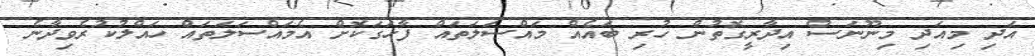
އަދި މިއަދި މިނޫނަސް އިދާރީގޮތުން ހުރި ބައެއް މައްސަލަތައް ފާހަގަކޮށް އެމައްސަލަތައް ހައްލުކުރެވިދާނެ